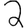
Digit: 2